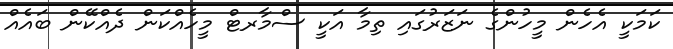
ކަމަކީ އެހެން މީހުންގެ ނަޒަރުގައި ތިމާ އަކީ ސްމާރޓް މީހެއްކަން ދެއްކޭން ބައެއް